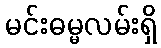
မင်းဓမ္မလမ်းရှိ